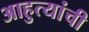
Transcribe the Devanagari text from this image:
आहुत्यांची